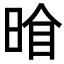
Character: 𭦍